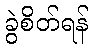
ခွဲစိတ်ရန်